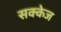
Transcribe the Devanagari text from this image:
सक्केज